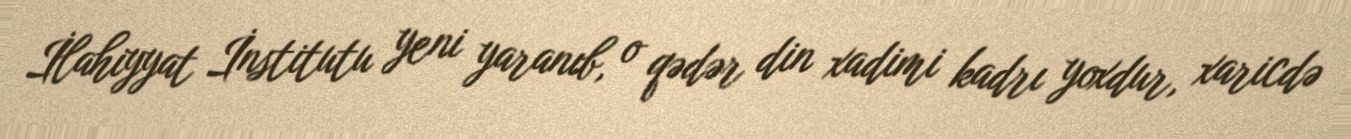
İlahiyyat İnstitutu yeni yaranıb, o qədər din xadimi kadrı yoxdur, xaricdə